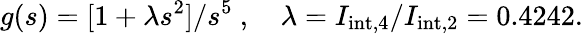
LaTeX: g(s)=[1+\lambda s^{2}]/s^{5}\ ,\quad\lambda=I_{\mathrm{int},4}/I_{\mathrm{int},2}=0.4242.